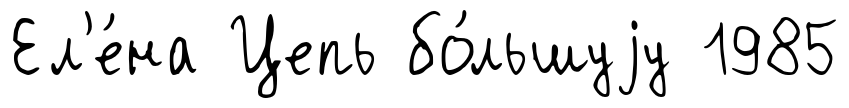
Ел'е́на Цепь бо́льшуjу 1985